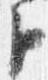
臣